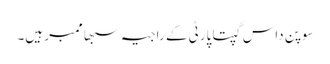
سوپن داس گپتا پارٹی کے راجیہ سبھا ممبر ہیں۔